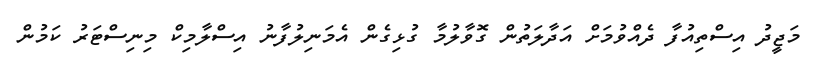
މަޖީދު އިސްތިއުފާ ދެއްވުމަށް އަދާލަތުން ގޮވާލުމާ ގުޅިގެން އެމަނިލުފާނު އިސްލާމިކް މިނިސްޓަރު ކަމުން